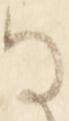
な